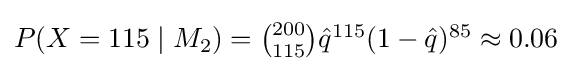
\textstyle P(X=115\mid M_{2})={{200 \choose 115}{\hat {q}}^{115}(1-{\hat {q}})^{85}}\approx 0.06